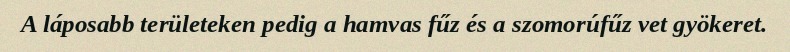
A láposabb területeken pedig a hamvas fűz és a szomorúfűz vet gyökeret.